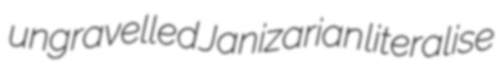
ungravelled Janizarian literalise